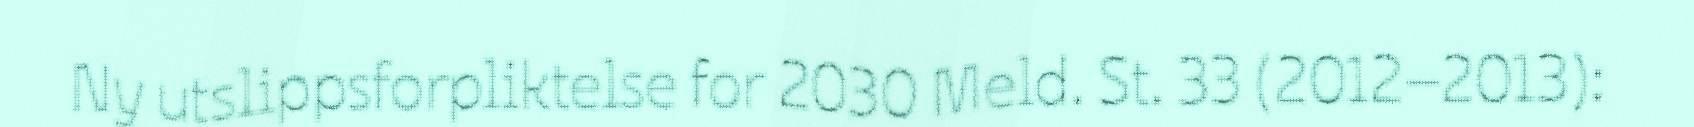
Ny utslippsforpliktelse for 2030 Meld. St. 33 (2012–2013):